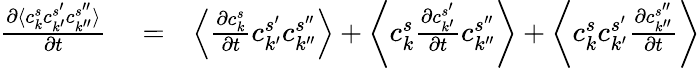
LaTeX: \begin{array}{rlr}{\frac{\partial\langle c_{k}^{s}c_{k^{\prime}}^{s^{\prime}}c_{k^{\prime\prime}}^{s^{\prime\prime}}\rangle}{\partial t}}&{{}=}&{\left\langle\frac{\partial c_{k}^{s}}{\partial t}c_{k^{\prime}}^{s^{\prime}}c_{k^{\prime\prime}}^{s^{\prime\prime}}\right\rangle+\left\langle c_{k}^{s}\frac{\partial c_{k^{\prime}}^{s^{\prime}}}{\partial t}c_{k^{\prime\prime}}^{s^{\prime\prime}}\right\rangle+\left\langle c_{k}^{s}c_{k^{\prime}}^{s^{\prime}}\frac{\partial c_{k^{\prime\prime}}^{s^{\prime\prime}}}{\partial t}\right\rangle}\end{array}